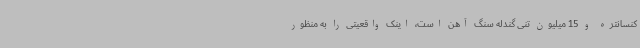
کنسانتره و 15 میلیون تنی گندله سنگ آهن است، اینک واقعیتی را به منظور